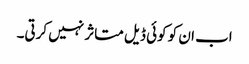
اب ان کو کوئی ڈیل متاثر نہیں کرتی۔